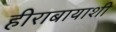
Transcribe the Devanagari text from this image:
हीराबायाशी